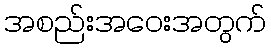
အစည်းအဝေးအတွက်